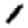
Digit: 1